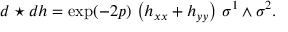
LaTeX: d \star d h = \exp ( - 2 p ) \, \left( h _ { x x } + h _ { y y } \right) \, \sigma ^ { 1 } \wedge \sigma ^ { 2 } .